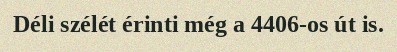
Déli szélét érinti még a 4406-os út is.